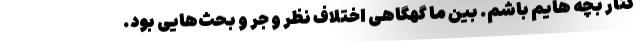
کنار بچه هایم باشم. بین ما گهگاهی اختلاف نظر و جر و بحث‌هایی بود.